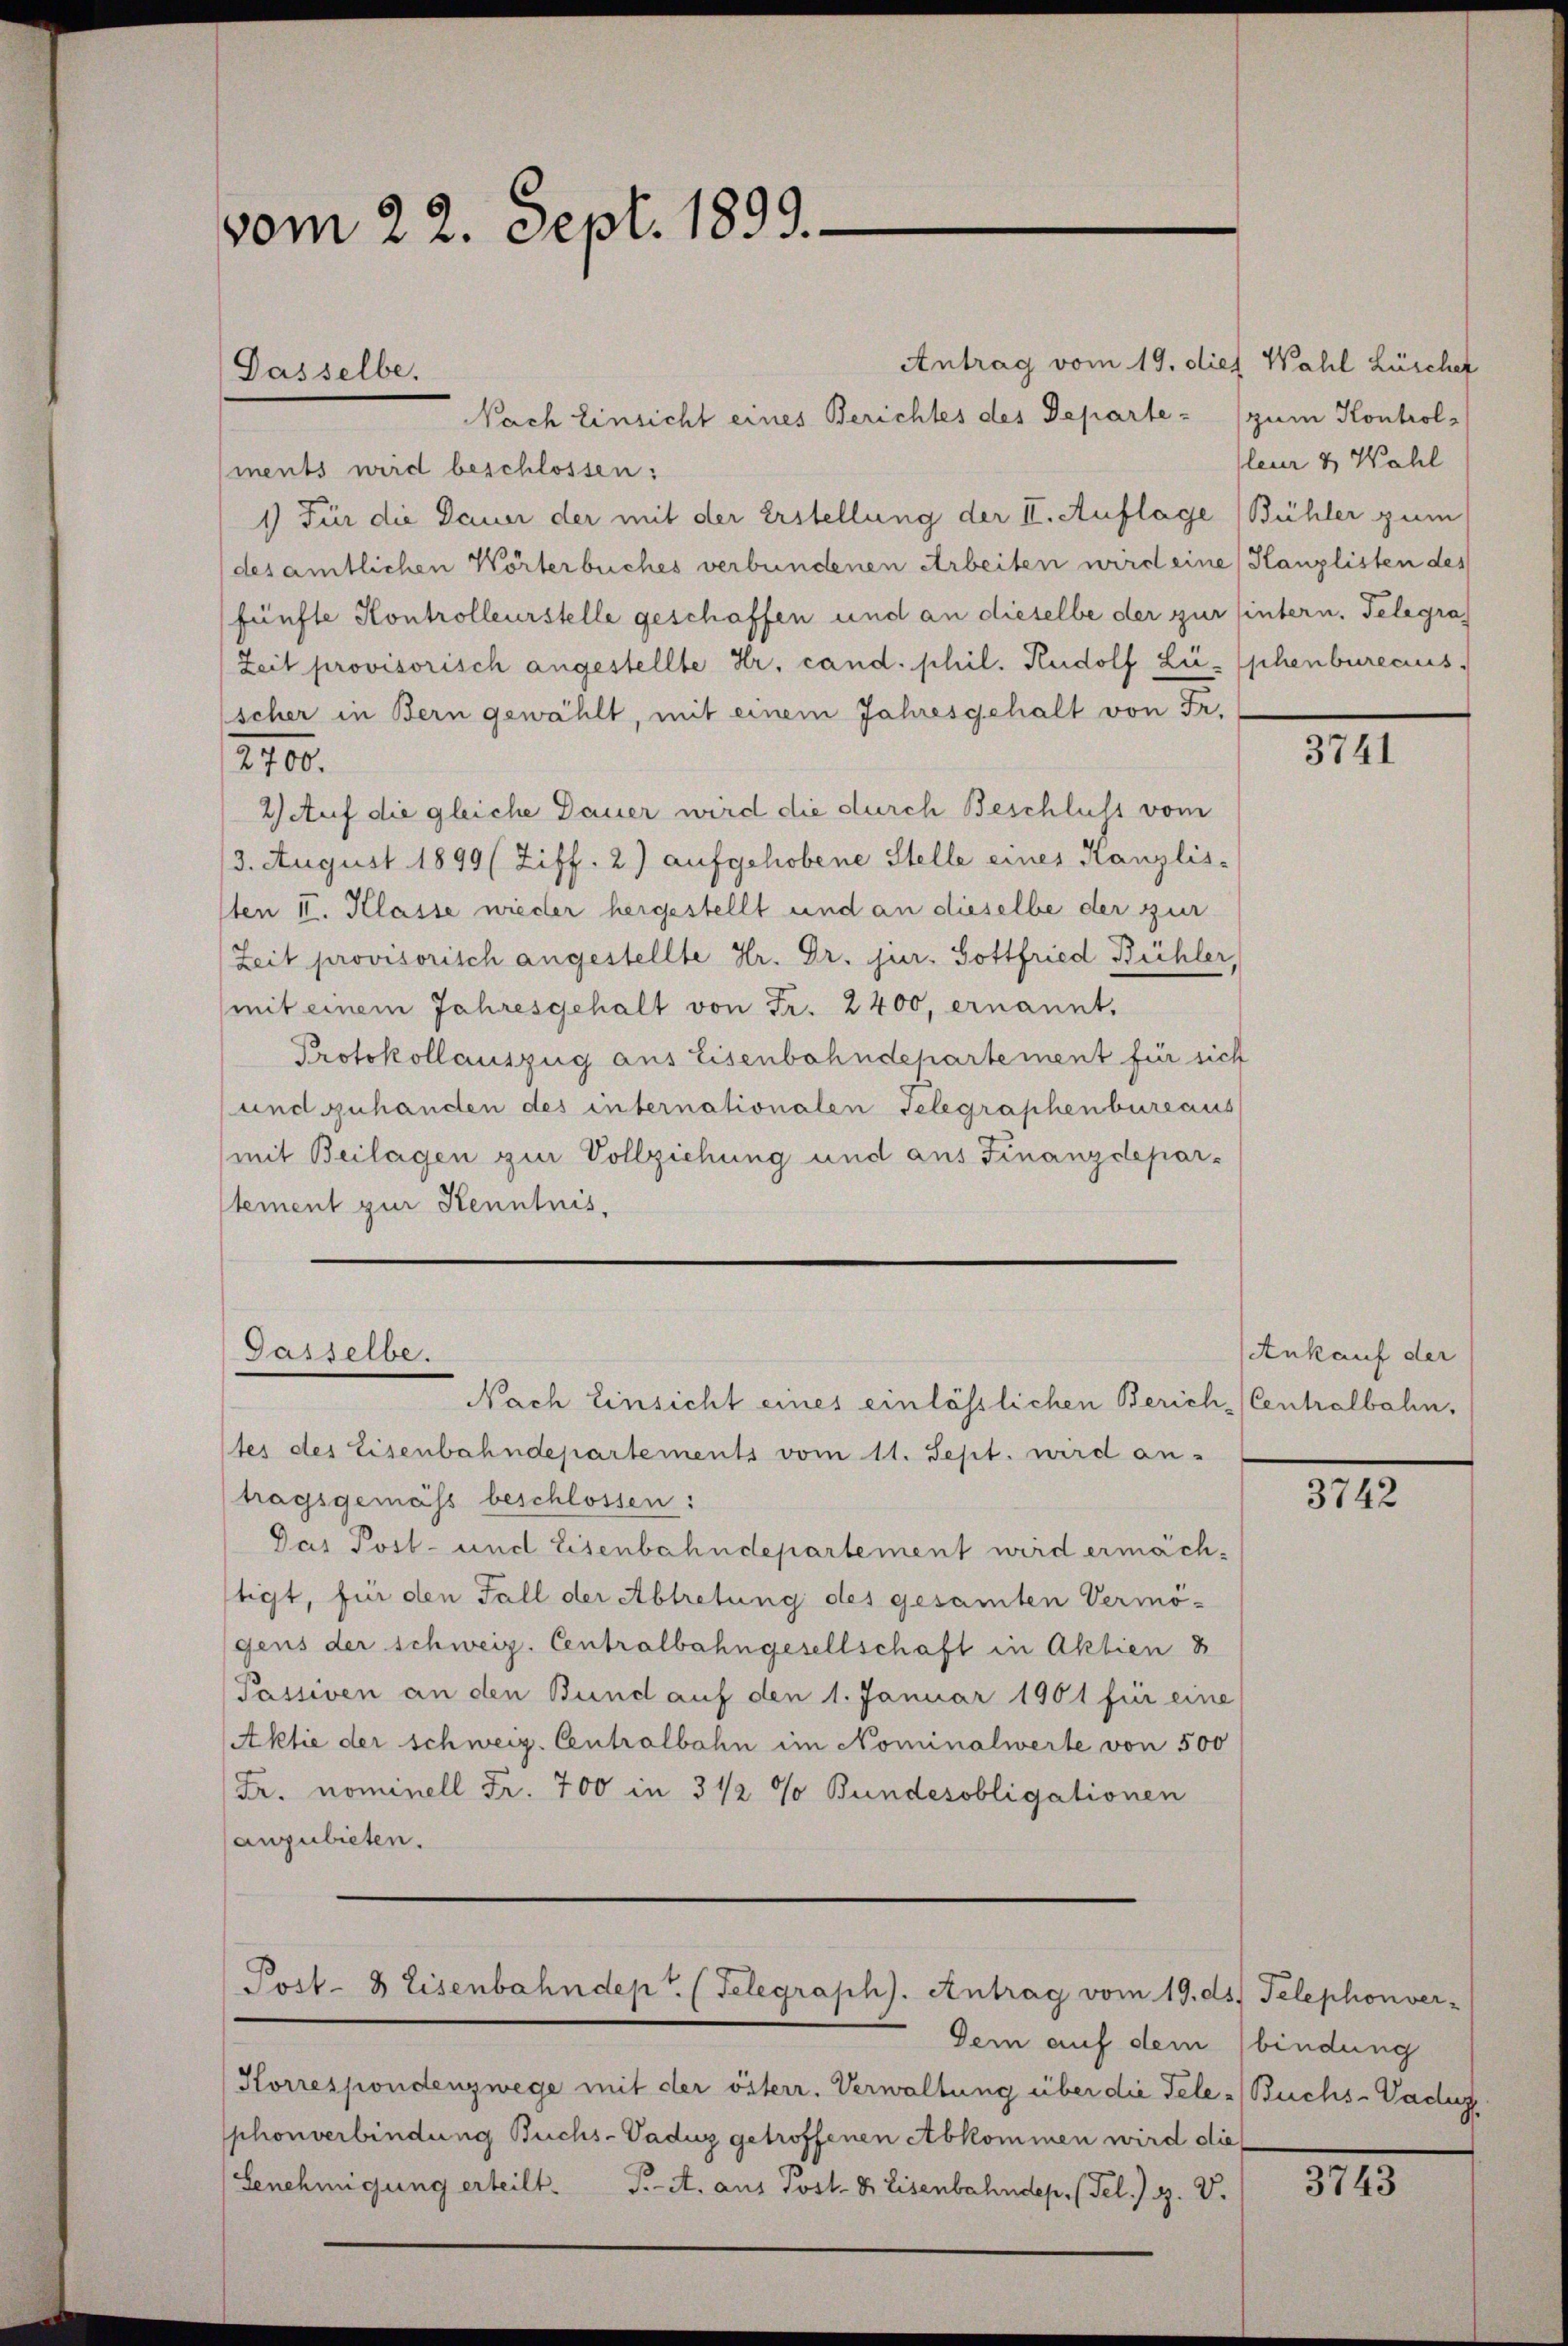
vom 22. Sept. 1899.

Antrag vom 19. dies Wahl Lüschef
Nach Einsicht eines Berichtes des Departe - (zum Kontrolments wird beschlossen:
1) Für die Dauer der mit der Erstellung der II. Auflage (Bühler zum
(des amtlichen Wörterbuches verbundenen Arbeiten wird eine Kanzlisten des
fünfte Kontrolleurstelle geschaffen und an dieselbe der zur hintern. Telegraf
Zeit provisorisch angestellte Hr. cand. phil. Rudolf Lü- phenbureaus
scher in Bern gewählt, mit einem Jahresgehalt von Fr.
270.
2) Auf die gleiche Dauer wird die durch Beschluss vom
3. August 1899 (Ziff. 2) aufgehobene Stelle eines Kanzlis-
1ten II. Klasse wieder hergestellt und an dieselbe der zur
Zeit provisorisch angestellte Hr. Dr. jur. Gottfried Bühler,
mit einem Jahresgehalt von Fr. 2400, ernannt.
Protokollauszug aus Eisenbahndepartement für sich
undzuhanden des internationalen Telegraphenbureaus
mit Beilagen zur Vollziehung und aus Finanzdepar-
stement zur Kenntnis,

Dasselbe.

Gasselbe.

Nach Einsicht eines einlösslichen Zürich-(Centralbahn.

ter des Eisenbahndepartements vom 11. Sept. wird an-
tragsgemäß beschlossen:
Das Post- und Eisenbahndepartement wird ermäch-
tigt, für den Fall der Abtretung des gesamten Vermö-
gens der schweiz. Centralbahngesellschaft in Aktien &
Passiven an den Bund auf den 1. Januar 1901 für eine
Aktie der schweiz. Centralbahn im Nominalwerte von 500
Fr. nominell Fr. 700 in 3 1/2 % Bundesobligationen
anzubieten.
Post- & Eisenbahndept. (Telegraph). Antrag vom 19. ds. Telephonver-
Dem auf dem bindung
Korrespondenzwege mit der österr. Verwaltung über die Tele-Buchs-Vadug
sphonverbindung Buchs-Vaduz getroffenen Abkommen wird die
Genehmigung erteilt. P. A. aus Post- & Eisenbahndep. (Fel. J. H. V.

leur & Wahl

3741

Ankauf der

3742

211